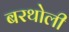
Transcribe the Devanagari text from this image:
बरथोली